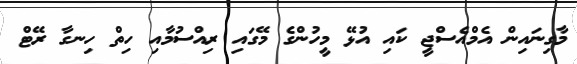
މާގިނައިން އެމްއެސްޖީ ކައި އުޅޭ މީހުންގެ މޭގައި ރިއްސުމާއި ހިތް ހިނގާ ރޭޓް